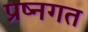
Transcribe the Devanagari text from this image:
प्रष्नगत